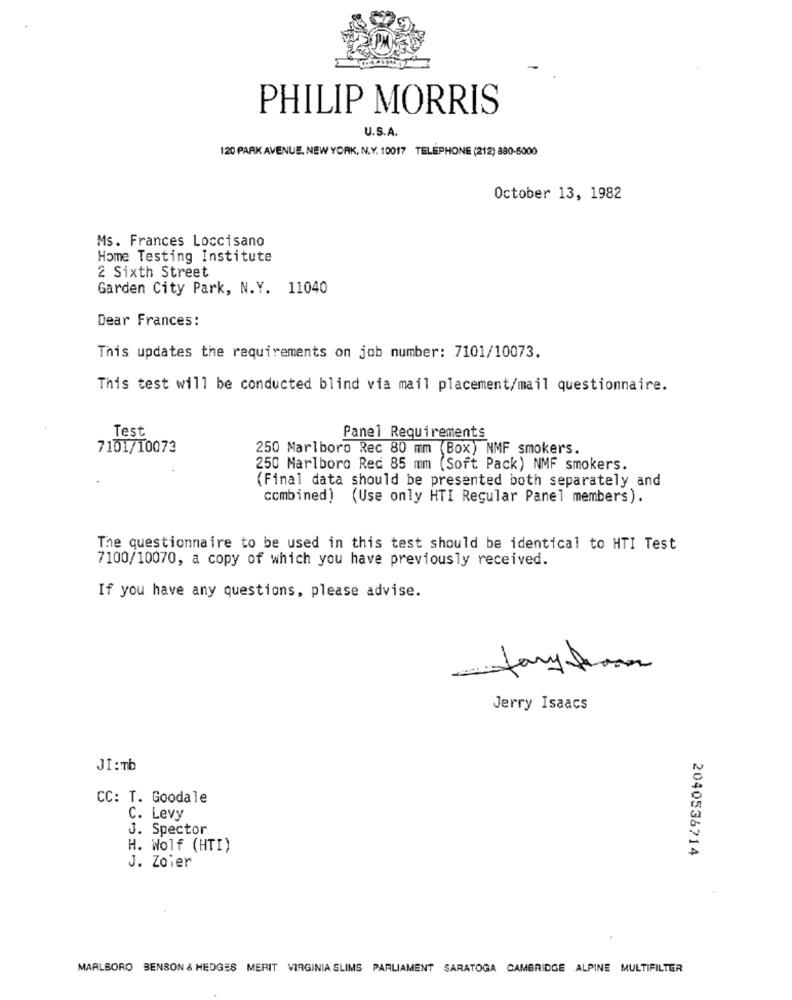
PHILIP MORRIS
U.S.A.
120 PARK AVENUE, NEW YORK, N.Y. 10017 TELEPHONE (212) 880-6000
October 13, 1982
Ms. Frances Loccisano
Home Testing Institute
2 Sixth Street
Garden City Park, N.Y. 11040
Dear Frances:
This updates the requirements on job number: 7101/10073.
This test will be conducted blind via mail placement/mail questionnaire.
Test
Panel Requirements
7101/10073
250 Marlboro Rec 80 mm (Box) NMF smokers.
250 Marlboro Rec 85 mm (Soft Pack) NMF smokers.
(Final data should be presented both separately and
combined) (Use only HTI Regular Panel members).
The questionnaire to be used in this test should be identical to HTI Test
7100/10070, a copy of which you have previously received.
If you have any questions, please advise.
Jerry Isaacs
JI:Tb
CC: T. Goodale
C. Levy
J. Spector
H. Wolf (HTI)
2040536714
J. Zoier
MARLBORO BENSON & HEDGES MERIT VIRGINIA SLIMS PARLIAMENT SARATOGA CAMBRIDGE ALPINE MULTIFILTER